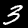
Label: 3